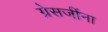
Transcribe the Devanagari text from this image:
ग्रेसजींना